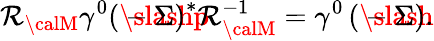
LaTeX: {\cal\mathcal{R}}_{\calM}\gamma^{0}\left(\rlap\slashp-\Sigma\right)^{*}{\cal\mathcal{R}}_{\calM}^{-1}=\gamma^{0}\left(\rlap\slashp-\Sigma\right).